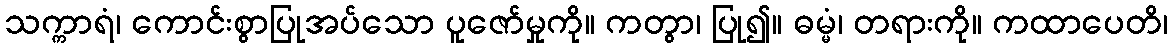
သက္ကာရံ၊ ကောင်းစွာပြုအပ်သော ပူဇော်မှုကို။ ကတွာ၊ ပြု၍။ ဓမ္မံ၊ တရားကို။ ကထာပေတိ၊